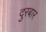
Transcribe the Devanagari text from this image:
दुरबार